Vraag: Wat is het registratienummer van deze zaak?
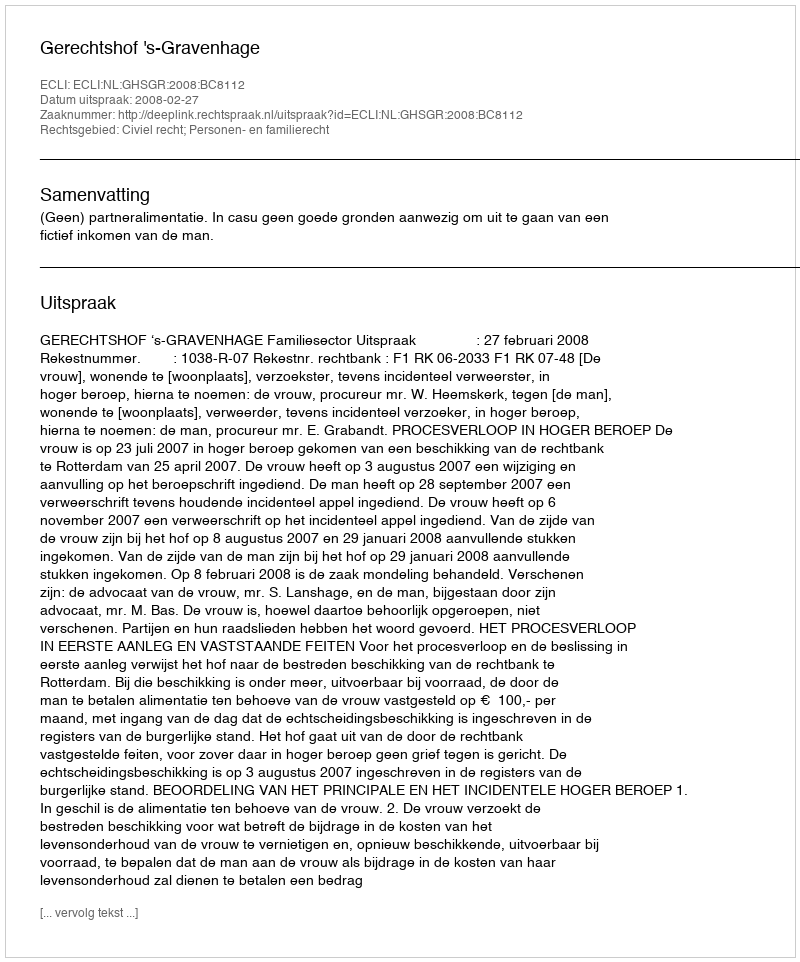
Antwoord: http://deeplink.rechtspraak.nl/uitspraak?id=ECLI:NL:GHSGR:2008:BC8112